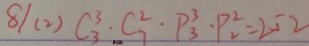
8 1 ( 2 ) C _ { 3 } ^ { 3 } \cdot C _ { 7 } ^ { 2 } \cdot P _ { 3 } ^ { 3 } \cdot P _ { 2 } ^ { 2 } = 2 5 2